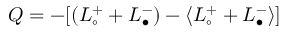
Q = - [ ( L _ { \circ } ^ { + } + L _ { \bullet } ^ { - } ) - \langle L _ { \circ } ^ { + } + L _ { \bullet } ^ { - } \rangle ]